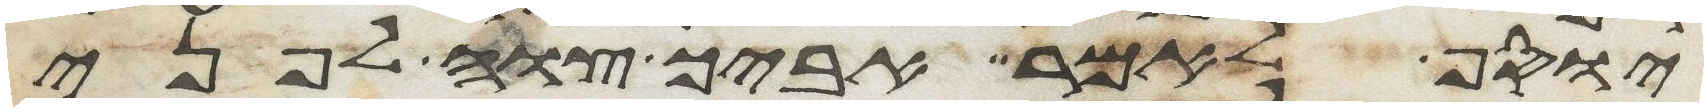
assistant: יוסף לאמר אביך צוה לפני